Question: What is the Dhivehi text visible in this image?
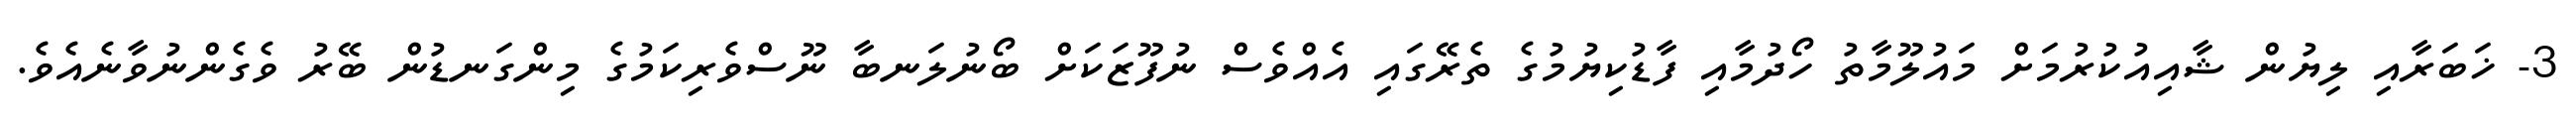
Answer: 3- ޚަބަރާއި ލިޔުން ޝާއިއުކުރުމަށް މައުލޫމާތު ހޯދުމާއި ފާޑުކިޔުމުގެ ތެރޭގައި އެއްވެސް ނުފޫޒަކަށް ބޯނުލަނބާ ނޫސްވެރިކަމުގެ މިންގަނޑުން ބޭރު ވެގެންނުވާނެއެވެ.